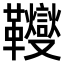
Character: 𩎃